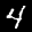
Label: 4